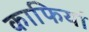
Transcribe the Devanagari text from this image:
काफियां